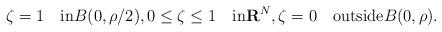
LaTeX: \begin{align*}\zeta=1\quad\mbox{in}B(0,\rho/2),0\le\zeta\le 1\quad\mbox{in}{\bf R}^N,\zeta=0\quad\mbox{outside}B(0,\rho).\end{align*}